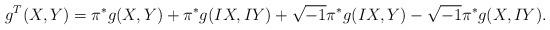
LaTeX: \begin{align*}g^T(X,Y)=\pi^*g(X,Y)+\pi^*g(IX,IY)+\sqrt{-1}\pi^*g(IX,Y)-\sqrt{-1}\pi^*g(X,IY).\end{align*}